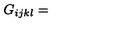
G _ { i j k l } =